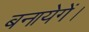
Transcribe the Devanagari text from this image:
बनायेगें।